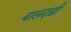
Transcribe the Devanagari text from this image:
बालदड़ी